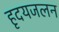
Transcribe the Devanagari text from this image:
हृदयजलन